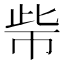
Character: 𱜧